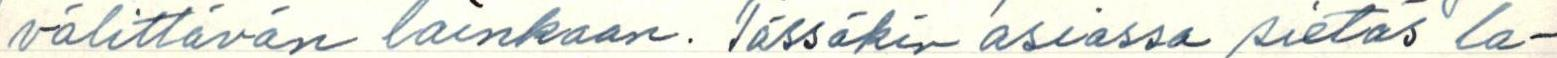
välittävän lainkaan. Tässäkin asiassa sietäs la-